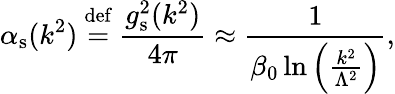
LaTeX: \alpha_{\mathrm{s}}(k^{2})\ {\stackrel{\mathrm{def}}{=}}\ {\frac{g_{\mathrm{s}}^{2}(k^{2})}{4\pi}}\approx{\frac{1}{\beta_{0}\ln\left({\frac{k^{2}}{\Lambda^{2}}}\right)}},